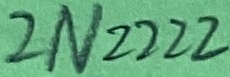
Text: 2N2222